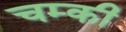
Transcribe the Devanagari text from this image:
चम्की